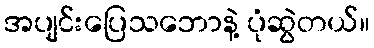
အပျင်းပြေသဘောနဲ့ ပုံဆွဲတယ်။